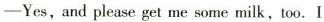
—Yes,and please get me some milk, too.I